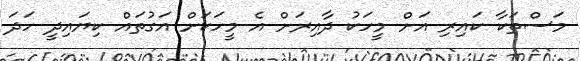
މަސްތަކާ ކައިރި އަށް މީހަކު ދާއިރަށް އެ މީހަކަށް އަގުތައް ކިޔައިދީ ހަދަ